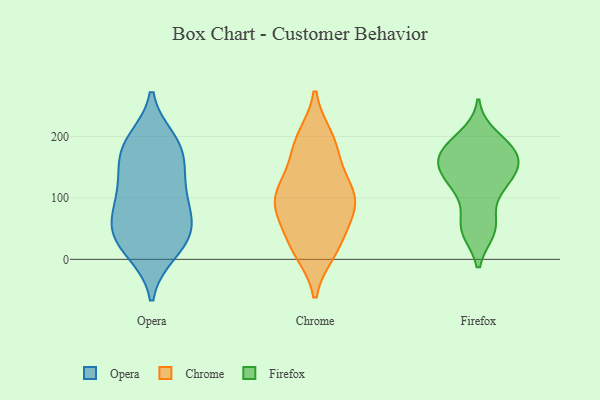
{"axis": {"x": "Population (Million)", "y": "Value"}, "legend": ["Chrome", "Firefox", "Opera"], "data": [{"x": "", "y": 182, "type": "Opera"}, {"x": "", "y": 183, "type": "Opera"}, {"x": "", "y": 111, "type": "Opera"}, {"x": "", "y": 85, "type": "Opera"}, {"x": "", "y": 41, "type": "Opera"}, {"x": "", "y": 193, "type": "Opera"}, {"x": "", "y": 15, "type": "Opera"}, {"x": "", "y": 45, "type": "Opera"}, {"x": "", "y": 12, "type": "Opera"}, {"x": "", "y": 132, "type": "Opera"}, {"x": "", "y": 86, "type": "Opera"}, {"x": "", "y": 176, "type": "Opera"}, {"x": "", "y": 137, "type": "Opera"}, {"x": "", "y": 45, "type": "Opera"}, {"x": "", "y": 58, "type": "Opera"}, {"x": "", "y": 128, "type": "Chrome"}, {"x": "", "y": 197, "type": "Chrome"}, {"x": "", "y": 87, "type": "Chrome"}, {"x": "", "y": 54, "type": "Chrome"}, {"x": "", "y": 25, "type": "Chrome"}, {"x": "", "y": 97, "type": "Chrome"}, {"x": "", "y": 94, "type": "Chrome"}, {"x": "", "y": 94, "type": "Chrome"}, {"x": "", "y": 14, "type": "Chrome"}, {"x": "", "y": 18, "type": "Chrome"}, {"x": "", "y": 191, "type": "Chrome"}, {"x": "", "y": 181, "type": "Chrome"}, {"x": "", "y": 91, "type": "Chrome"}, {"x": "", "y": 136, "type": "Chrome"}, {"x": "", "y": 179, "type": "Firefox"}, {"x": "", "y": 161, "type": "Firefox"}, {"x": "", "y": 145, "type": "Firefox"}, {"x": "", "y": 47, "type": "Firefox"}, {"x": "", "y": 150, "type": "Firefox"}, {"x": "", "y": 173, "type": "Firefox"}, {"x": "", "y": 131, "type": "Firefox"}, {"x": "", "y": 123, "type": "Firefox"}, {"x": "", "y": 200, "type": "Firefox"}, {"x": "", "y": 57, "type": "Firefox"}, {"x": "", "y": 187, "type": "Firefox"}, {"x": "", "y": 121, "type": "Firefox"}, {"x": "", "y": 151, "type": "Firefox"}, {"x": "", "y": 105, "type": "Firefox"}, {"x": "", "y": 51, "type": "Firefox"}, {"x": "", "y": 166, "type": "Firefox"}, {"x": "", "y": 182, "type": "Firefox"}, {"x": "", "y": 47, "type": "Firefox"}]}